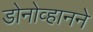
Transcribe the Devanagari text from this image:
डोनोव्हानने